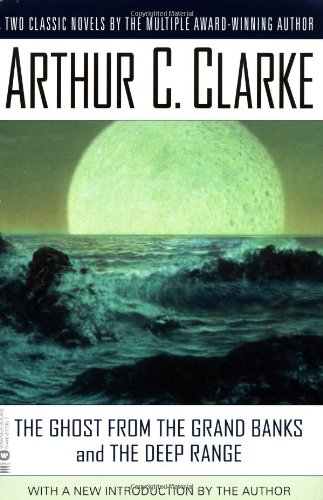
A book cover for The Ghost from the Grand Banks and the Deep Range; Arthur C. Clarke; Science Fiction & Fantasy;